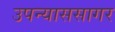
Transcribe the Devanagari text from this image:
उपन्याससागर